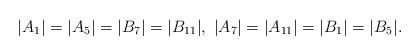
LaTeX: \begin{align*} |A_1|=|A_5|=|B_7|=|B_{11}|,~|A_7|=|A_{11}|=|B_1|=|B_5|.\end{align*}